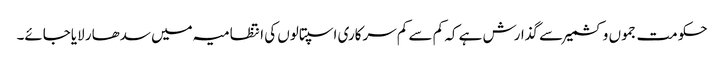
حکومت جموں وکشمیر سے گذارش ہے کہ کم سے کم سرکاری اسپتالوں کی انتظامیہ میں سدھار لایاجائے۔